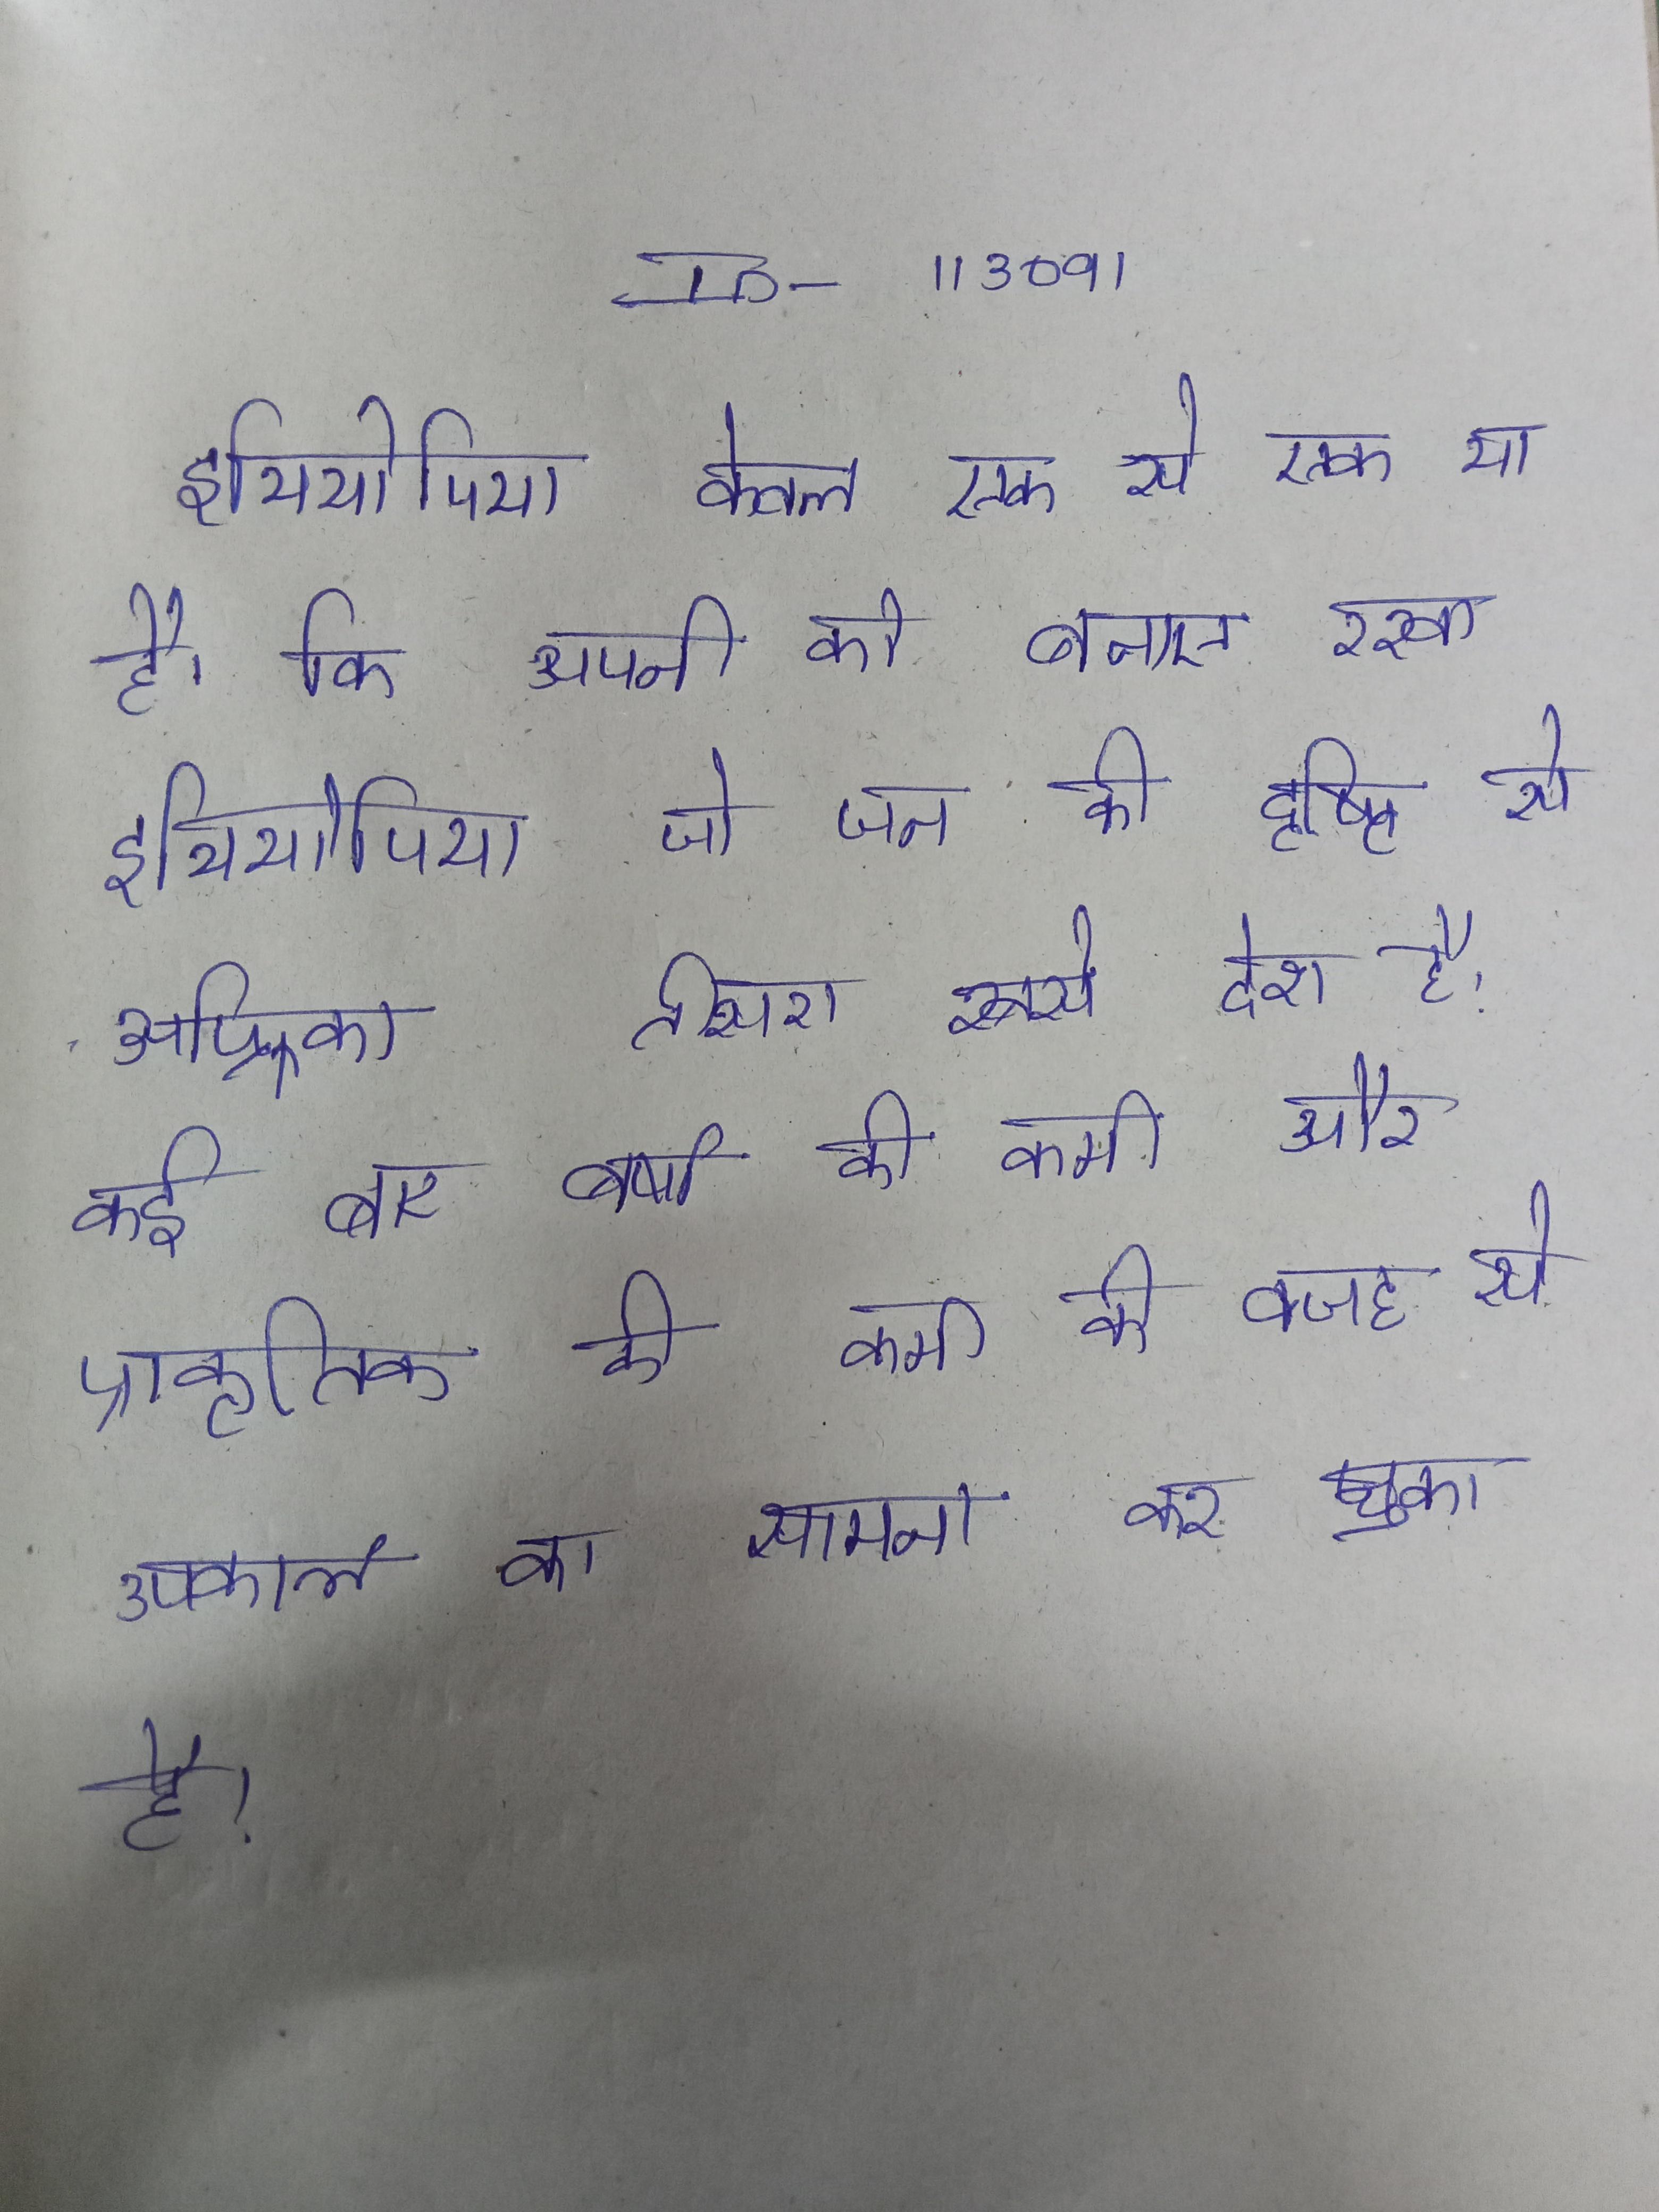
इथियोपिया केवल एक से एक था है कि अपनी को बनाए रखा । इथियोपिया जो जन की दृष्टि से अफ्रीका तीसरा सबसे देश है, कई बार वर्षा की कमी और प्राकृतिक की कमी की वजह से अकाल का सामना कर चुका है ।